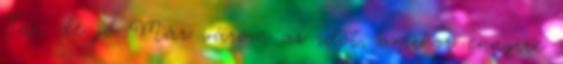
Jaj, de jó Már várom az időt, amikor ennyire